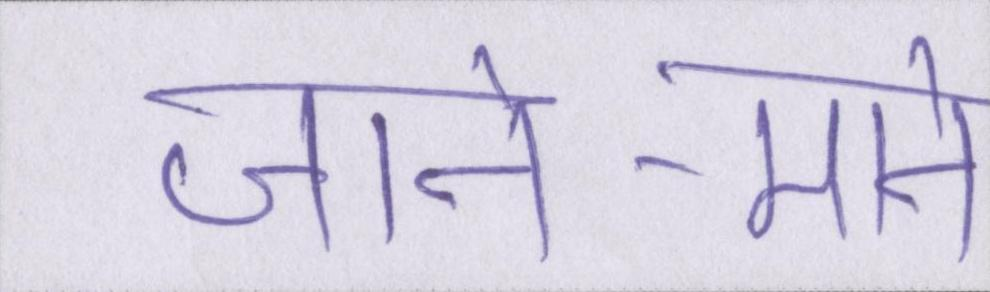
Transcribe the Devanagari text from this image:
जाने-माने